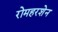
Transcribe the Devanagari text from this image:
रोमहरशेन